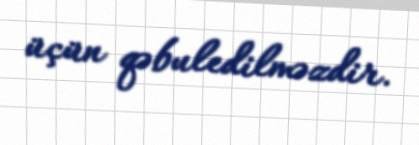
üçün qəbuledilməzdir.